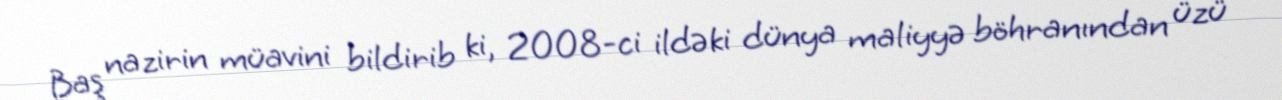
Baş nazirin müavini bildirib ki, 2008-ci ildəki dünya maliyyə böhranından üzü